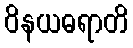
ဝိနယဓရာတိ